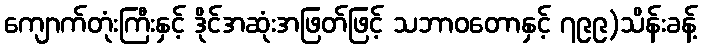
ကျောက်တုံးကြီးနှင့် ဒိုင်အဆုံးအဖြတ်ဖြင့် သဘာဝတောနှင့် ၇၉၉)သိန်းခန့်